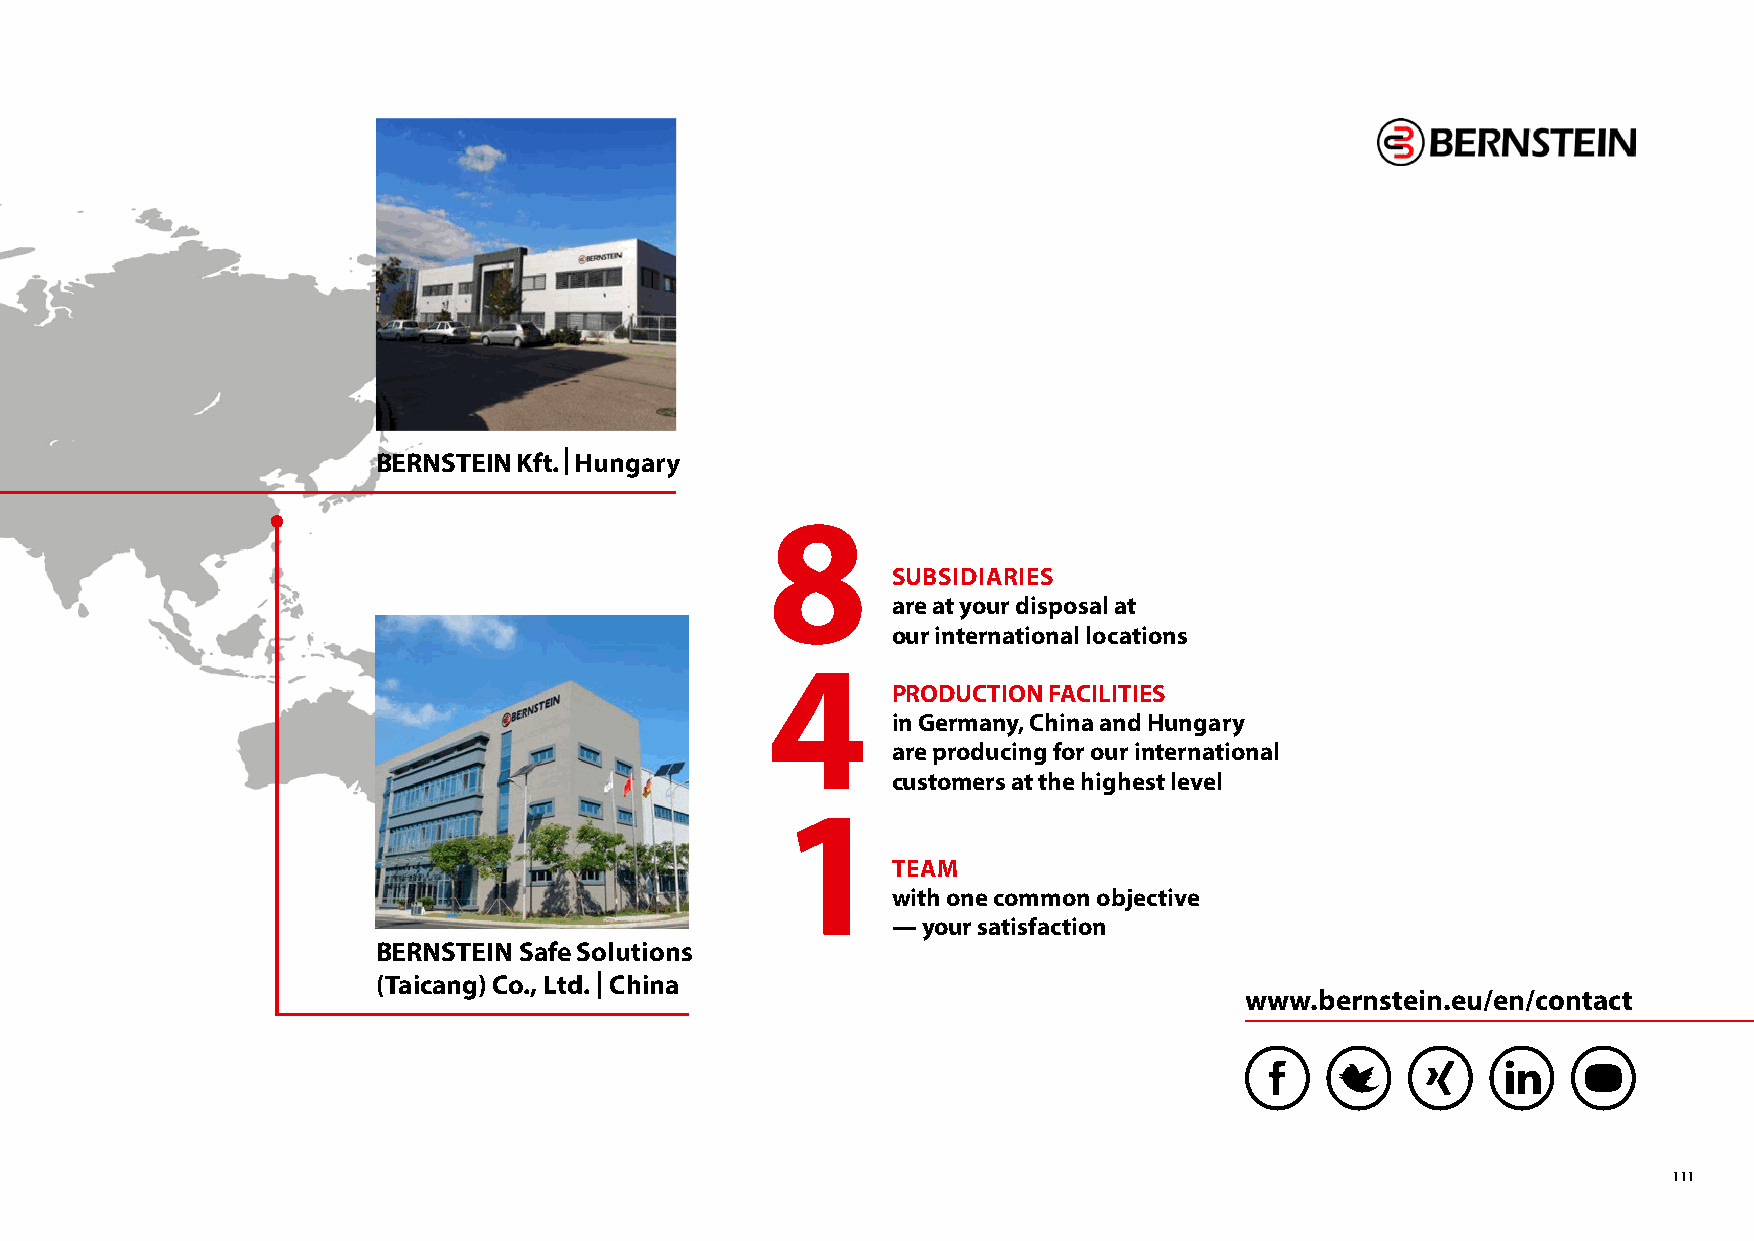
BERNSTEIN Kft. | Hungary
 8
 SUBSIDIARIES
 are at your disposal at
 our international locations
 4
 PRODUCTION FACILITIES
 in Germany, China and Hungary
 are producing for our international
 customers at the highest level
 1
 TEAM
 with one common objective
 — your satisfaction
 BERNSTEIN Safe Solutions
 (Taicang) Co., Ltd. | China
 www.bernstein.eu/en/contact
 111